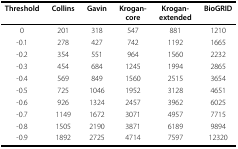
<table><thead><tr><td><b>Threshold</b></td><td><b>Collins</b></td><td><b>Gavin</b></td><td><b>Krogan-core</b></td><td><b>Krogan-extended</b></td><td><b>BioGRID</b></td></tr></thead><tbody><tr><td>0</td><td>201</td><td>318</td><td>547</td><td>881</td><td>1210</td></tr><tr><td>-0.1</td><td>278</td><td>427</td><td>742</td><td>1192</td><td>1665</td></tr><tr><td>-0.2</td><td>354</td><td>551</td><td>964</td><td>1560</td><td>2232</td></tr><tr><td>-0.3</td><td>454</td><td>684</td><td>1245</td><td>1994</td><td>2865</td></tr><tr><td>-0.4</td><td>569</td><td>849</td><td>1560</td><td>2515</td><td>3654</td></tr><tr><td>-0.5</td><td>725</td><td>1046</td><td>1952</td><td>3128</td><td>4651</td></tr><tr><td>-0.6</td><td>926</td><td>1324</td><td>2457</td><td>3962</td><td>6025</td></tr><tr><td>-0.7</td><td>1149</td><td>1672</td><td>3071</td><td>4957</td><td>7715</td></tr><tr><td>-0.8</td><td>1505</td><td>2190</td><td>3871</td><td>6189</td><td>9894</td></tr><tr><td>-0.9</td><td>1892</td><td>2725</td><td>4714</td><td>7597</td><td>12320</td></tr></tbody></table>